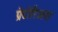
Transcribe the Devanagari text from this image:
प्रेटोरिअस